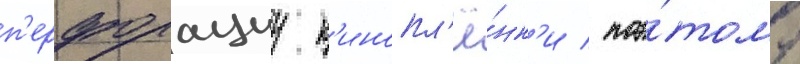
п'ерфорациу к'инопл'ё́нк'и / поэ́тому